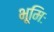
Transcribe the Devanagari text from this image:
भूमिः